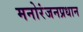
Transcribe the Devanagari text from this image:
मनोरंजनप्रधान